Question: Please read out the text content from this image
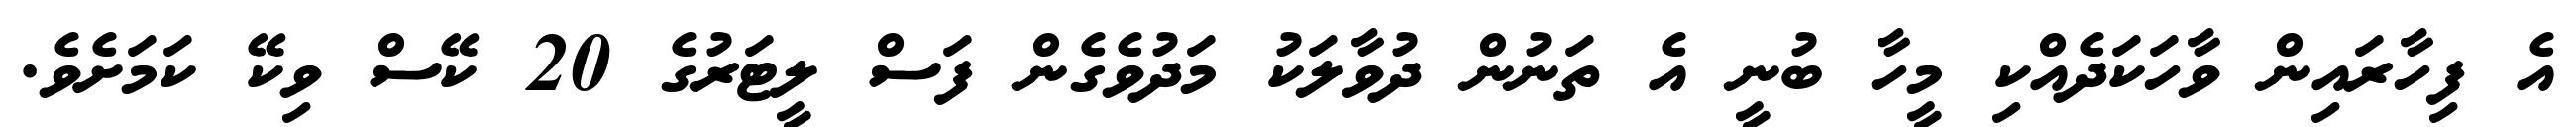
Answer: އެ ފިހާރައިން ވާހަކަދެއްކި މީހާ ބުނީ އެ ތަނުން ދުވާލަކު މަދުވެގެން ފަސް ލީޓަރުގެ 20 ކޭސް ވިކޭ ކަމަށެވެ.